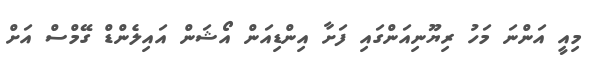
މިއީ އަންނަ މަހު ރިޔޫނިއަންގައި ފަށާ އިންޑިއަން އޯޝަން އައިލެންޑް ގޭމްސް އަށް